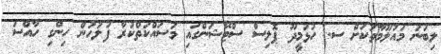
ލިބުނު މައުލޫމާތަކަށް ސ. ހުޅުމީދޫ ޕޮލިސް ސްޓޭޝަންގައި މަސައްކަތްކުރާ ފުލުހުން ހިންގި ހާއްސަ